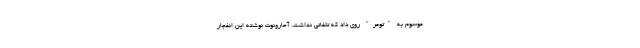
موسوم به "تومر" روی داد که تلفاتی نداشت. آحارونوت نوشته این انفجار